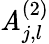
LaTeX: \mathit{A}_{j,l}^{(2)}